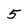
Character: 5